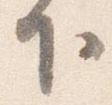
下